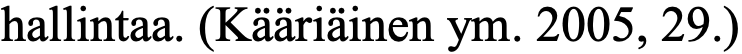
hallintaa. (Kääriäinen ym. 2005, 29.)